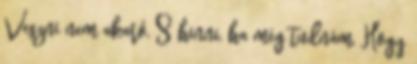
Veszni nem akaró, S hinni, ha még tudnám, Hogy